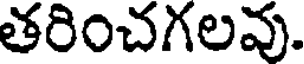
తరించగలవు.